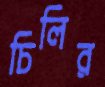
চিলির